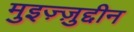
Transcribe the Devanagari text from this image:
मुइज़्ज़ुद्दीन